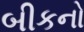
બીકનો